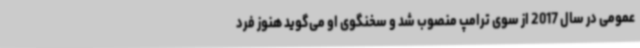
عمومی در سال 2017 از سوی ترامپ منصوب شد و سخنگوی او می‌گوید هنوز فرد